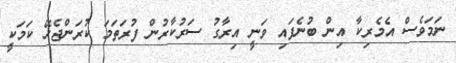
ނަމަވެސް އެމެރިކާ އިން ބުނެފައި ވަނީ އިރާގު ސަރުކާރުން ފުރަތަމަ ކުރަންޖެހޭ ކަމަކީ